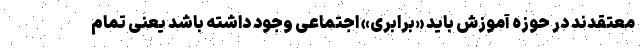
معتقدند در حوزه آموزش باید «برابری» اجتماعی وجود داشته باشد یعنی تمام